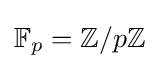
\mathbb {F} _{p}=\mathbb {Z} /p\mathbb {Z}